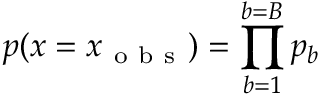
p ( x = x _ { \mathrm { ~ o ~ b ~ s ~ } } ) = \prod _ { b = 1 } ^ { b = B } p _ { b }